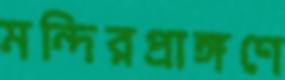
মন্দিরপ্রাঙ্গণে